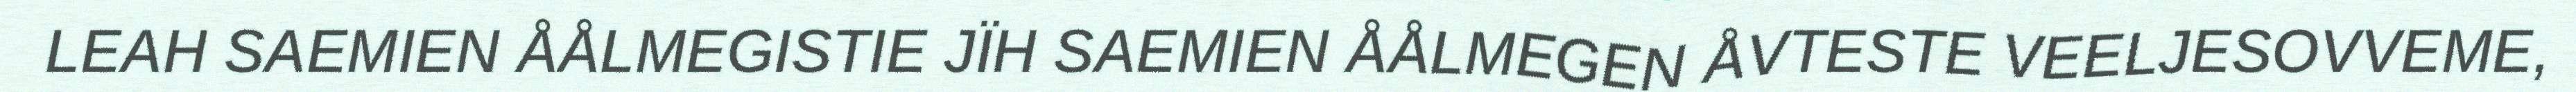
LEAH SAEMIEN ÅÅLMEGISTIE JÏH SAEMIEN ÅÅLMEGEN ÅVTESTE VEELJESOVVEME,